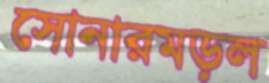
সোনারমড়ল